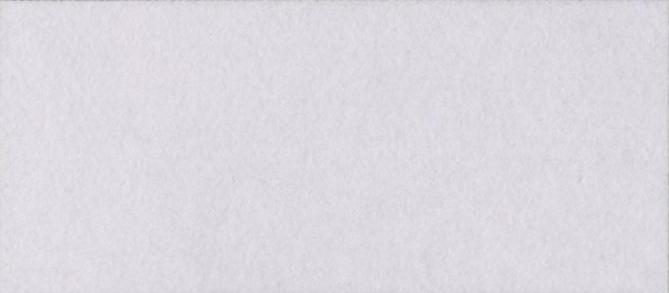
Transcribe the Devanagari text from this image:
मण्डी